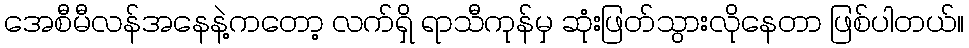
အေစီမီလန်အနေနဲ့ကတော့ လက်ရှိ ရာသီကုန်မှ ဆုံးဖြတ်သွားလိုနေတာ ဖြစ်ပါတယ်။